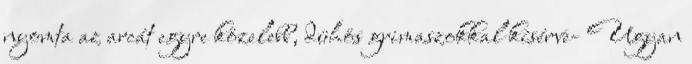
nyomta az arcát egyre közelebb, dühös grimaszokkal kísérve- Ugyan